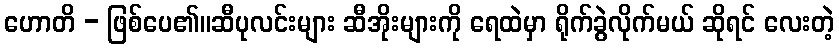
ဟောတိ - ဖြစ်ပေ၏။ဆီပုလင်းများ ဆီအိုးများကို ရေထဲမှာ ရိုက်ခွဲလိုက်မယ် ဆိုရင် လေးတဲ့